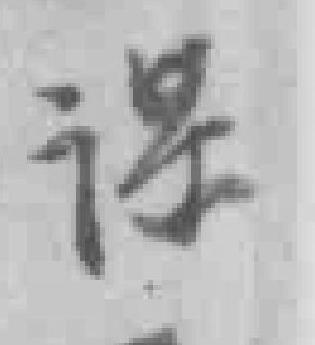
谋